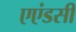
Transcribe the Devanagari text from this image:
एएंडसी